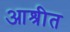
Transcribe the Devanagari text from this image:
आश्रीत